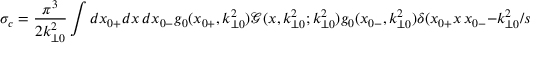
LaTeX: \sigma _ { c } = \frac { \pi ^ { 3 } } { 2 k _ { \perp 0 } ^ { 2 } } \int d x _ { 0 + } d x \, d x _ { 0 - } g _ { 0 } ( x _ { 0 + } , k _ { \perp 0 } ^ { 2 } ) \mathcal { G } ( x , k _ { \perp 0 } ^ { 2 } ; k _ { \perp 0 } ^ { 2 } ) g _ { 0 } ( x _ { 0 - } , k _ { \perp 0 } ^ { 2 } ) \delta ( x _ { 0 + } x \, x _ { 0 - } - k _ { \perp 0 } ^ { 2 } / s ) ,